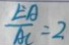
\frac { E A } { A C } = 2